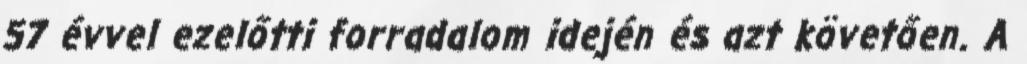
57 évvel ezelőtti forradalom idején és azt követően. A